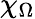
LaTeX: \chi_{\Omega}